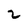
Character: 2